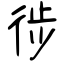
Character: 徏